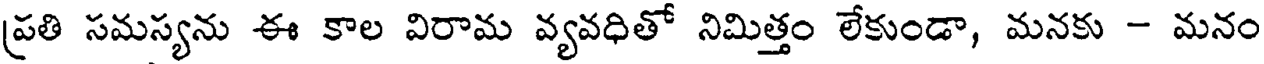
ప్రతి సమస్యను ఈ కాల విరామ వ్యవధితో నిమిత్తం లేకుండా, మనకు - మనం